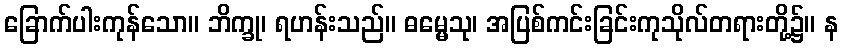
ခြောက်ပါးကုန်သော။ ဘိက္ခု၊ ရဟန်းသည်။ ဓမ္မေသု၊ အပြစ်ကင်းခြင်းကုသိုလ်တရားတို့၌။ န